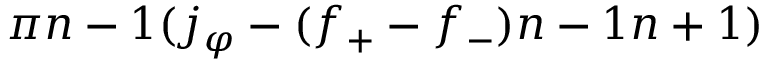
{ { \pi } \o { n - 1 } } ( j _ { \varphi } - ( f _ { + } - f _ { - } ) { { n - 1 } \o { n + 1 } } )